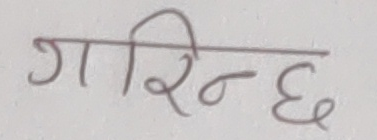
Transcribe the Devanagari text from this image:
गरिन्छ